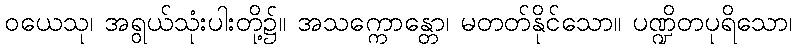
ဝယေသု၊ အရွယ်သုံးပါးတို့၌။ အသက္ကောန္တော၊ မတတ်နိုင်သော။ ပဏ္ဍိတပုရိသော၊